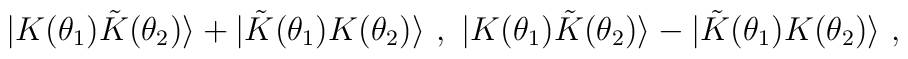
\ |K(\theta_1){\tilde K}(\theta_2)\rangle +|{\tilde K}(\theta_1)K(\theta_2)\rangle\ , \ |K(\theta_1){\tilde K}(\theta_2)\rangle - |{\tilde K}(\theta_1)K(\theta_2)\rangle\ ,